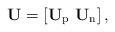
LaTeX: \begin{align*}\mathbf{U} = \left[\mathbf{U}_{\mathrm{p}} \,\, \mathbf{U}_{\mathrm{n}} \right],\end{align*}